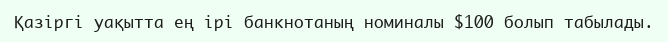
Қазіргі уақытта ең ірі банкнотаның номиналы $100 болып табылады.